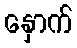
နှောက်